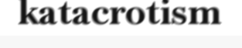
katacrotism